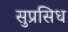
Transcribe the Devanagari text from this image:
सुप्रसिध